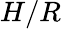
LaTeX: H/R